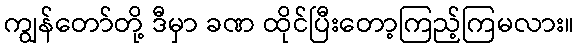
ကျွန်တော်တို့ ဒီမှာ ခဏ ထိုင်ပြီးတော့ကြည့်ကြမလား။